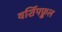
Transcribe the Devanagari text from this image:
वर्शिपफ़ुल